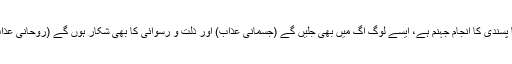
دنیا پسندی کا انجام جہنم ہے، ایسے لوگ آگ میں بھی جلیں گے (جسمانی عذاب) اور ذلت و رسوائی کا بھی شکار ہوں گے (روحانی عذاب)۔